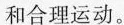
和合理运动。